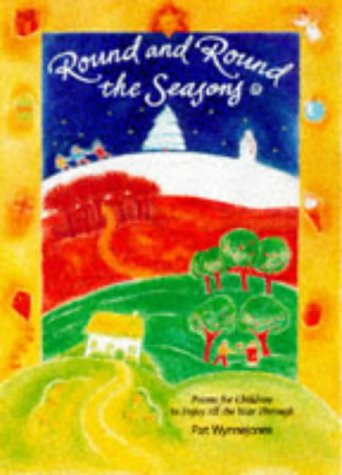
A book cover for Round and Round the Seasons; Pat Wynnejones; Children's Books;